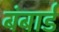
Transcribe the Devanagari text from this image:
बंबार्ड